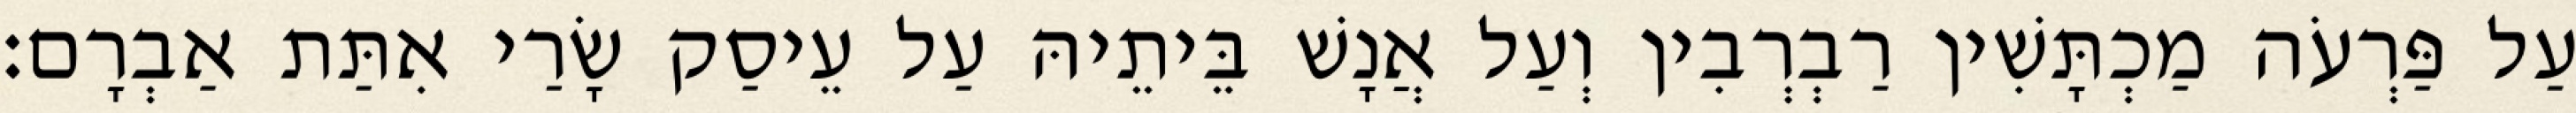
עַל פַּרְעֹה מַכְתָּשִׁין רַבְרְבִין וְעַל אֲנָשׁ בֵּיתֵיהּ עַל עֵיסַק שָׂרַי אִתַּת אַבְרָם׃